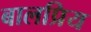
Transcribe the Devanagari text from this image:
बालप्रिय